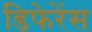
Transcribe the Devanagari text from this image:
डिफेरेंस